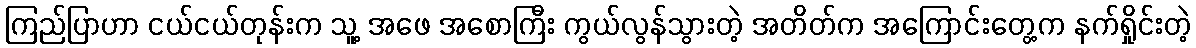
ကြည်ပြာဟာ ငယ်ငယ်တုန်းက သူ့ အဖေ အစောကြီး ကွယ်လွန်သွားတဲ့ အတိတ်က အကြောင်းတွေ့က နက်ရှိုင်းတဲ့